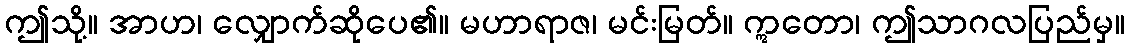
ဤသို့။ အာဟ၊ လျှောက်ဆိုပေ၏။ မဟာရာဇ၊ မင်းမြတ်။ ဣတော၊ ဤသာဂလပြည်မှ။